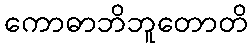
ကောဓာဘိဘူတောတိ